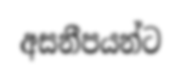
අසනීපයන්ට